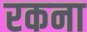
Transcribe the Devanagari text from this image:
रकना